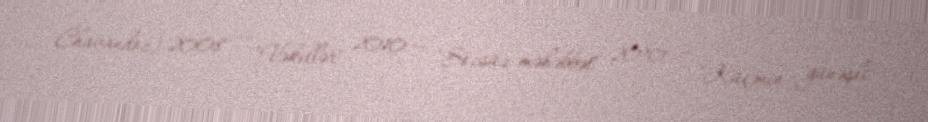
Chavandoz) 2008 — "Vəkillər" 2010 — "Sözsüz məhəbbət" 2010 — "Küçənin günəşli